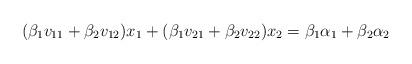
LaTeX: \begin{align*}(\beta_1v_{11}+\beta_2v_{12})x_1+(\beta_1v_{21}+\beta_2v_{22})x_2= \beta_1\alpha_1+\beta_2\alpha_2\end{align*}